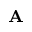
_ \mathbf { A }